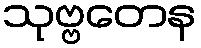
သုဗ္ဗတေန